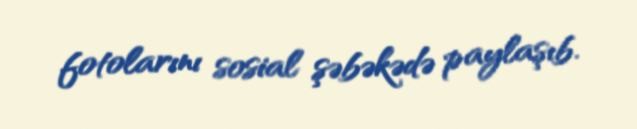
fotolarını sosial şəbəkədə paylaşıb.